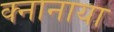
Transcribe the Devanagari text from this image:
क्नानाया